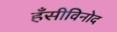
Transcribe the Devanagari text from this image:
हँसीविनोद